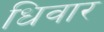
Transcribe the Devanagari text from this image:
धिवार